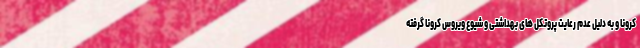
کرونا و به دلیل عدم رعایت پروتکل های بهداشتی و شیوع ویروس کرونا گرفته